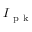
I _ { \mathrm { ~ p ~ k ~ } }